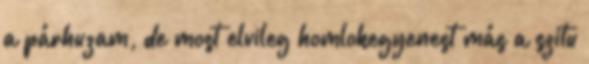
a párhuzam, de most elvileg homlokegyenest más a szitu